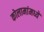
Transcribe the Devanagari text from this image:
कोलामांमध्ये